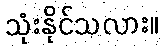
သုံးနိုင်သလား။